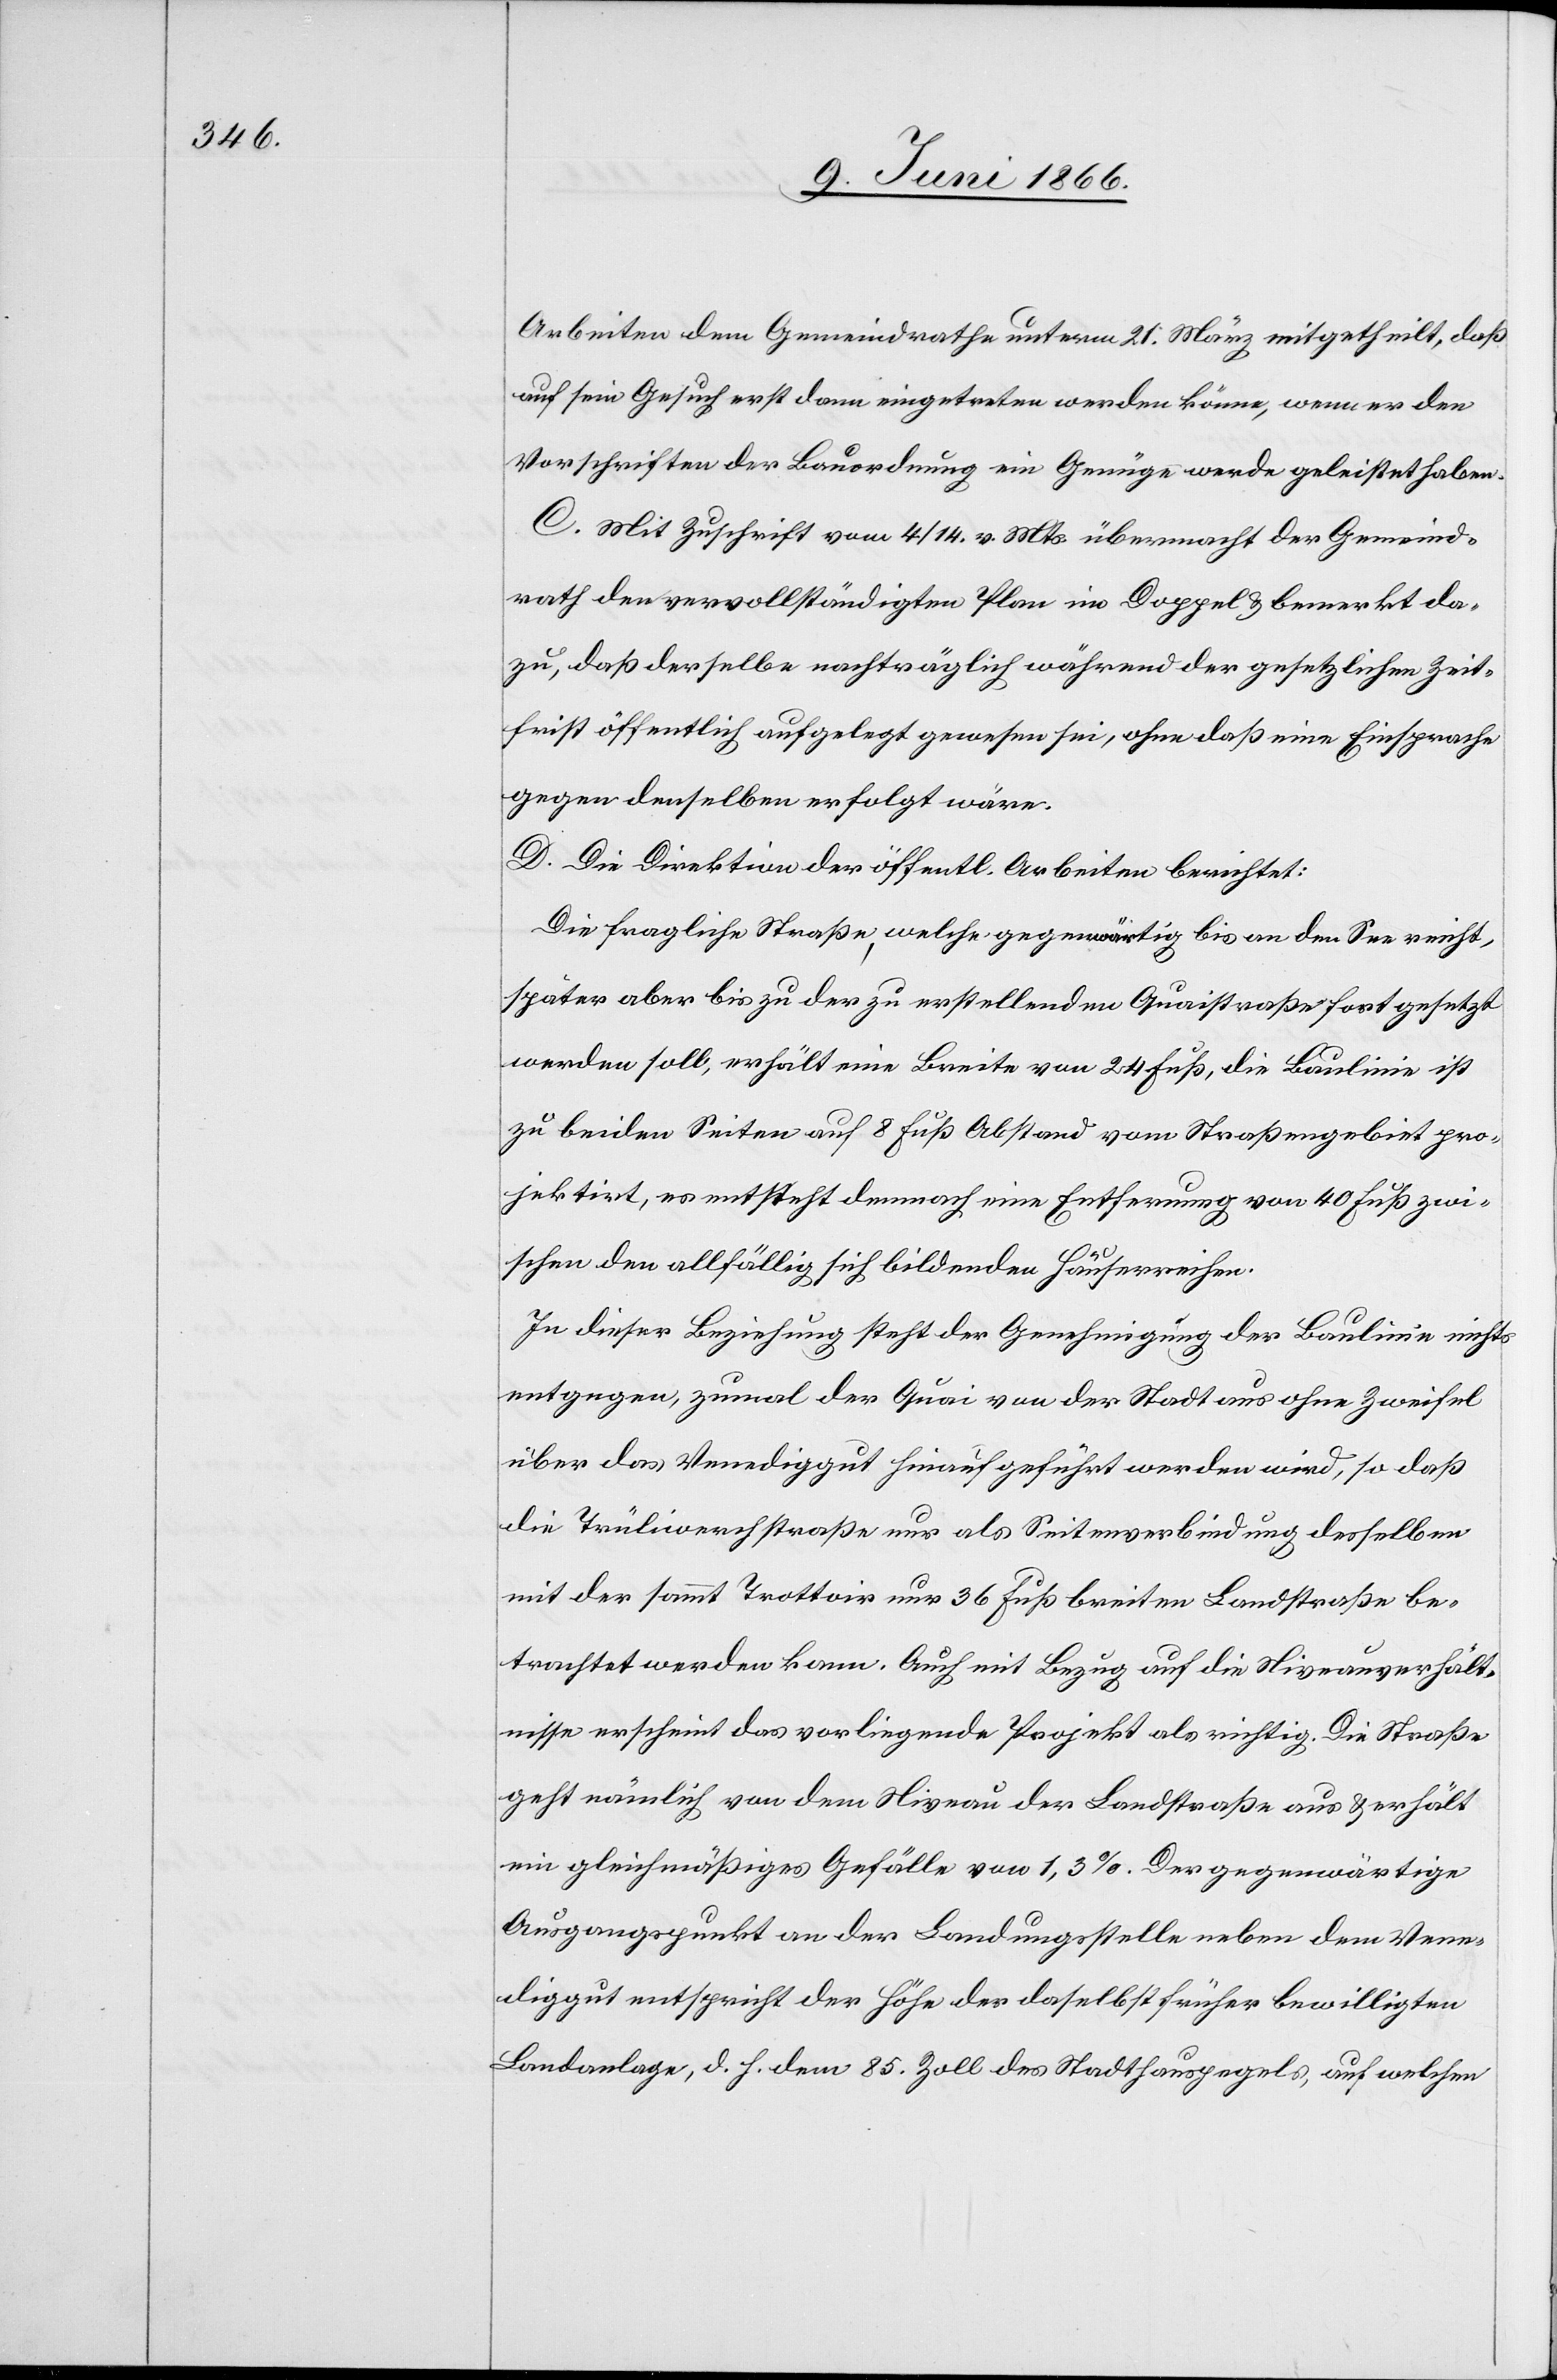
Arbeiten dem Gemeindrathe unterm 21. März mitgetheilt, daß
auf sein Gesuch erst dann eingetreten werden könne, wenn er den
Vorschriften der Bauordnung ein Genüge werde geleistet haben.
C. Mit Zuschrift vom 4/14. v. Mts. übermacht der Gemeind¬
rath den vervollständigten Plan im Doppel u. bemerkt da¬
zu, daß derselbe nachträglich während der gesetzlichen Zeit¬
frist öffentlich aufgelegt gewesen sei, ohne daß eine Einsprache
gegen denselben erfolgt wäre.
D. Die Direktion der öffentl. Arbeiten berichtet:
Die fragliche Straße, welche gegenwärtig bis an den See reicht,
später aber bis zu der zu erstellenden Quaistraße fortgesetzt
werden soll, erhält eine Breite von 24 Fuß, die Baulinie ist
zu beiden Seiten auf 8 Fuß Abstand vom Straßengebiet pro¬
jektirt, es entsteht demnach eine Entfernung von 40 Fuß zwi¬
schen den allfällig sich bildenden Häuserreihen.
In dieser Beziehung steht der Genehmigung der Baulinie nichts
entgegen, zumal der Quai von der Stadt aus ohne Zweifel
über das Venediggut hinauf geführt werden wird, so daß
die Trüliwerckstraße nur als Steinverbindung desselben
mit der sammt Trottoir nur 36 Fuß breiten Landstraße be¬
trachtet werden kann. Auch mit Bezug auf die Niveauverhält¬
nisse erscheint das vorliegende Projekt als richtig. Die Straße
geht nämlich von dem Niveau der Landstraße aus u. erhält
ein gleichmäßiges Gefälle von 1,3 %. Der gegenwärtige
Ausgangspunkt an der Landungsstelle neben dem Vene¬
diggut entspricht der Höhe der daselbst früher bewilligten
Landanlage, d. h. dem 85. Zoll des Stadthauspegels, auf welchen